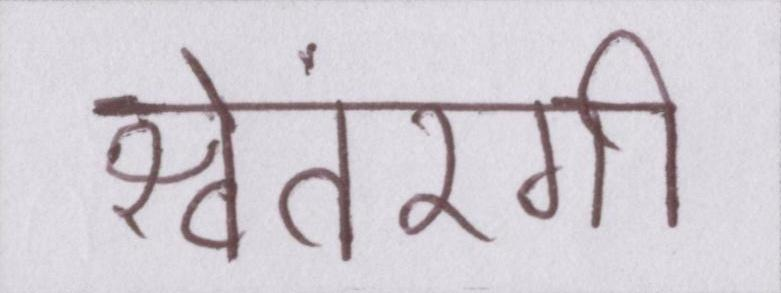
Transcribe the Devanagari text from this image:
श्वेतरंगी